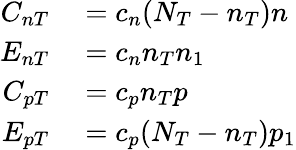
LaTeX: \begin{array}{rl}{C_{nT}}&{{}=c_{n}(N_{T}-n_{T})n}\\ {E_{nT}}&{{}=c_{n}n_{T}n_{1}}\\ {C_{pT}}&{{}=c_{p}n_{T}p}\\ {E_{pT}}&{{}=c_{p}(N_{T}-n_{T})p_{1}}\end{array}